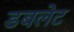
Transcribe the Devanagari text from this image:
डबलेट